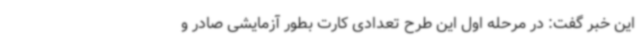
این خبر گفت: در مرحله اول این طرح تعدادی کارت بطور آزمایشی صادر و